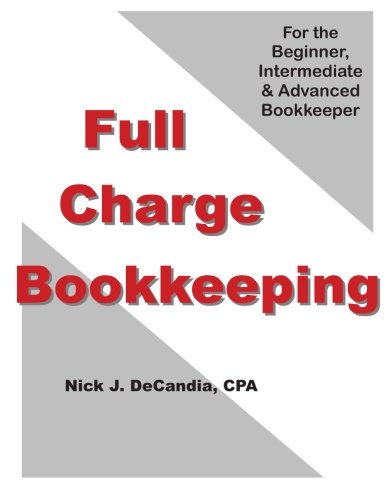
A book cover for FULL-CHARGE BOOKKEEPING: For the Beginner, Intermediate & Advanced Bookkeeper; Nick J DeCandia CPA; Business & Money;